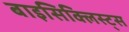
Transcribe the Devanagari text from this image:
बाइसिक्लिस्ट्स